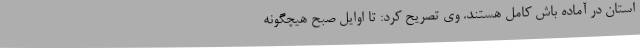
استان در آماده باش کامل هستند. وی تصریح کرد: تا اوایل صبح هیچگونه